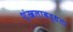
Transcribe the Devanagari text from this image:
शृंखलाबद्धता